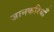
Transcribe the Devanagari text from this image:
जानकरियाँ